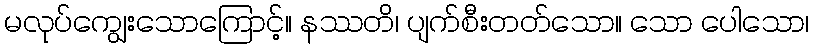
မလုပ်ကျွေးသောကြောင့်။ နဿတိ၊ ပျက်စီးတတ်သော။ သော ပေါသော၊